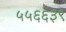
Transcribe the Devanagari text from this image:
५५६६३९